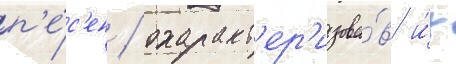
п'е́с'ен / охаракт'ер'изова́в и́х